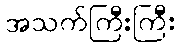
အသက်ကြီးကြီး